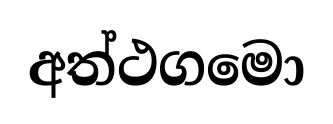
අත්ථගමො